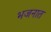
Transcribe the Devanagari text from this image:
भजनात